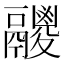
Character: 𩱛